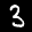
Label: 3